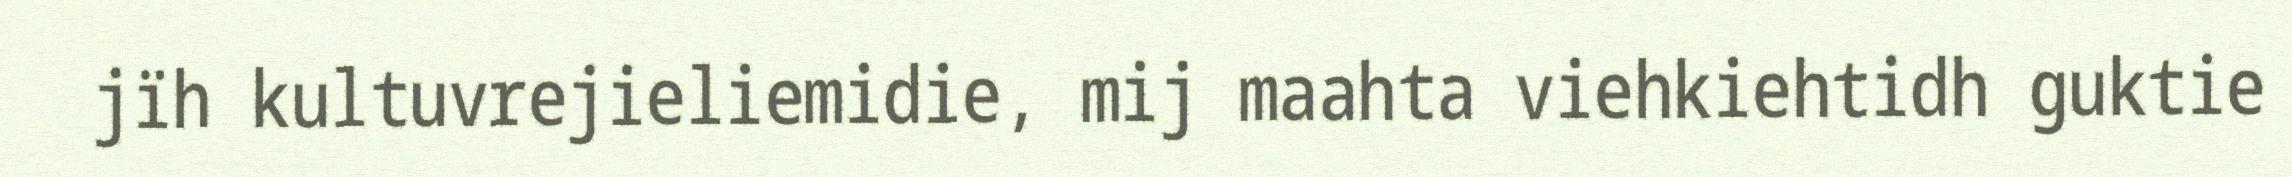
jïh kultuvrejieliemidie, mij maahta viehkiehtidh guktie